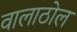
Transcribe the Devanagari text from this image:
वालाठोल